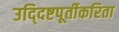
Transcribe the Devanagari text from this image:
उद्‍दिष्टपूर्तीकरिता